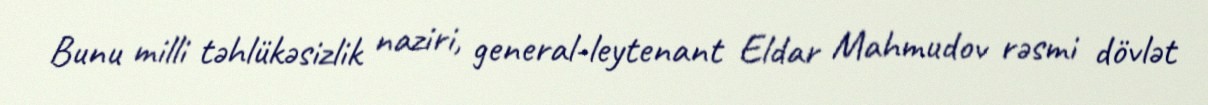
Bunu milli təhlükəsizlik naziri, general-leytenant Eldar Mahmudov rəsmi dövlət